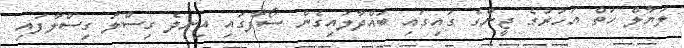
ލަޔާލް ހަތް އަހަރުގެ ޖީންގެ ގައިގައި ބައްދާލައިގެން ސޯފާގައި އިނދެ ގިސްލަ ގިސްލާފައި